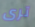
ترى